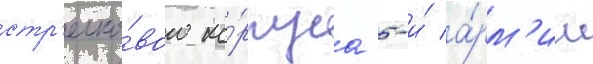
стр'елко́вого ко́рпуса 5-и́ а́рм'ии